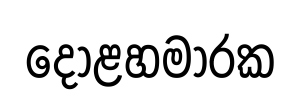
දොළහමාරක